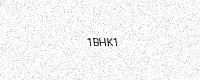
Text: 1BHK1